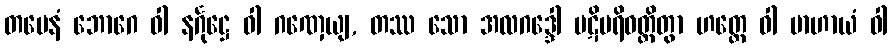
တမေနံ ဘောဂေ ဝါ နင်္ဂုဋ္ဌေ ဝါ ဂဏှေယျ, တဿ သော အလဂဒ္ဒေါ ပဋိပရိဝတ္တိတွာ ဟတ္ထေ ဝါ ဗာဟာယံ ဝါ